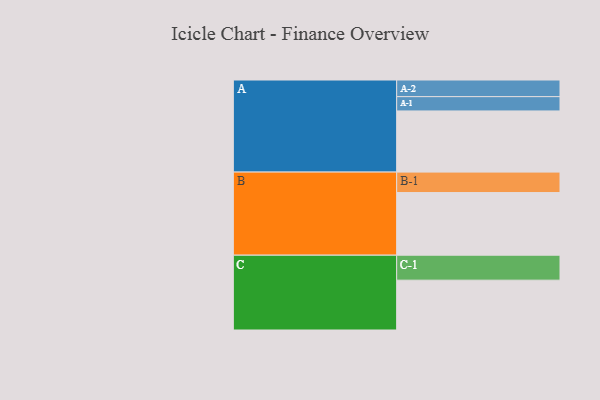
{"axis": {"x": "Segment", "y": "Value"}, "legend": ["", "A", "B", "C"], "data": [{"x": "A", "y": 573, "type": ""}, {"x": "B", "y": 587, "type": ""}, {"x": "C", "y": 467, "type": ""}, {"x": "A-1", "y": 134, "type": "A"}, {"x": "A-2", "y": 156, "type": "A"}, {"x": "B-1", "y": 192, "type": "B"}, {"x": "C-1", "y": 234, "type": "C"}]}